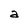
Character: a